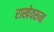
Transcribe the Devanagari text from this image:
राखेवरुन